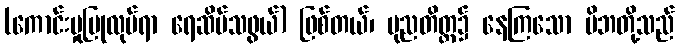
(ကောင်းမှုပြုလုပ်ရာ ရေဆိပ်သဖွယ်) ဖြစ်တယ်၊ ပုညတိတ္ထ၌ နေကြသော မိဘတို့သည်